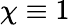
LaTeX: \chi\equiv 1